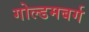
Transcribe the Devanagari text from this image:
गोल्डमबर्ग